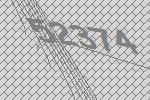
52374